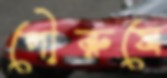
পৌরুষে